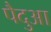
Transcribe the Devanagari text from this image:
पैदुआ